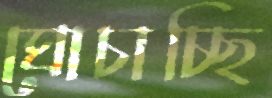
ঘোচাচ্ছি